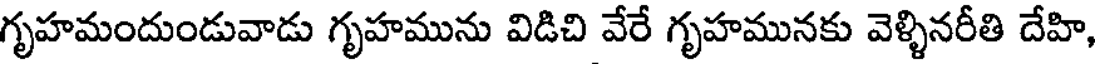
గృహమందుండువాడు గృహమును విడిచి వేరే గృహమునకు వెళ్ళినరీతి దేహి,